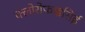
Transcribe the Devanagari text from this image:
क्लोरोफाइसिई